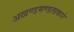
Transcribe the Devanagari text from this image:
अखण्डमण्डलाकारं